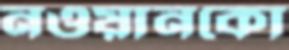
নওয়ানকো